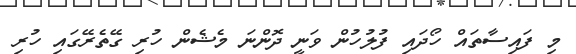
މި ފައިސާތައް ހޯދައި ފުލުހުން ވަނީ ދޮންނަ މެޝެން ހުރި ގޭތެރޭގައި ހުރި